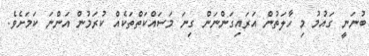
ބުނަނީ ގައުމު މި ހާލަތުން އަރައިގަންނަން ގިނަ މަސައްކަތްތަކެއް ކުރަމުން އަންނަ ކަމަށެވެ.